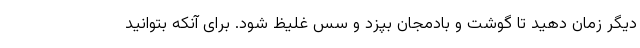
دیگر زمان دهید تا گوشت و بادمجان بپزد و سس غلیظ شود. برای آنکه بتوانید